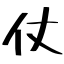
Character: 仗